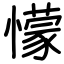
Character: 懞